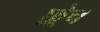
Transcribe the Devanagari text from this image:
फ़्रेच